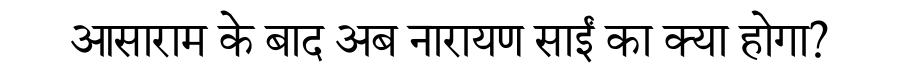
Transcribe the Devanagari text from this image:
आसाराम के बाद अब नारायण साईं का क्या होगा?